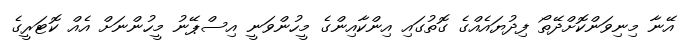
އޭނާ މިނިވަންކޮށްދޭތޯ ފިިދުޔައެއްގެ ގޮތުގައި އިންކާއިންގެ މީހުންވަނީ އިސްޕޭނު މީހުންނަށް އެއް ކޮޓަރީގެ